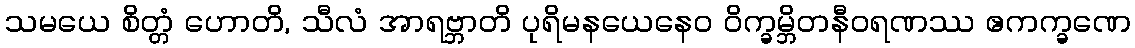
သမယေ စိတ္တံ ဟောတိ, သီလံ အာရဗ္ဘာတိ ပုရိမနယေနေဝ ဝိက္ခမ္ဘိတနီဝရဏဿ ဧကက္ခဏေ